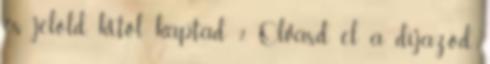
és jelöld, kitől kaptad 2. Olvasd el a díjazód